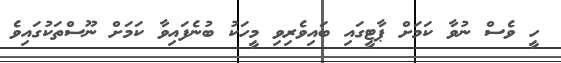
ހީ ވެސް ނުވާ ކަމަށް ޕާޓީގައި ބައިވެރިވި މީހަކު ބުނެފައިވާ ކަމަށް ނޫސްތަކުގައިވެ